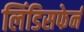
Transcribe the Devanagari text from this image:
लिंडिसफेर्न